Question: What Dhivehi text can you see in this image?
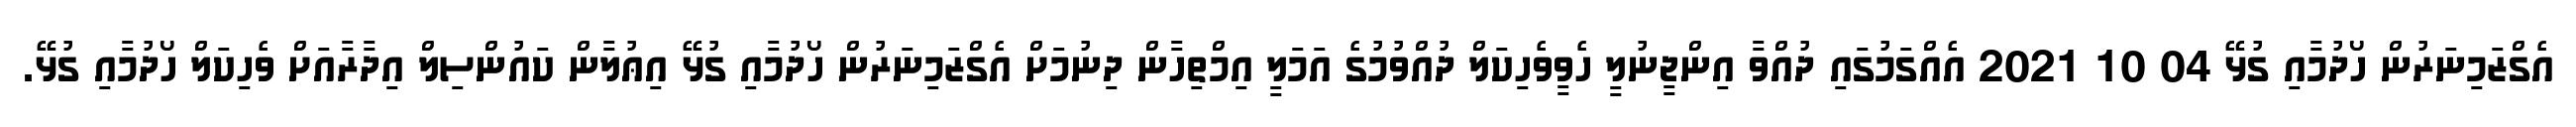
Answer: އެގްޒަމިނަރުން ހޯދުމާއި ގުޅޭ 04 10 2021 އެއްގަމުގައި ދުއްވާ އިންޖީނުލީ ހެވީވެހިކަލް ދުއްވުމުގެ އަމަލީ އިމްތިހާން ދިނުމަށް އެގްޒަމިނަރުން ހޯދުމާއި ގުޅޭ އިޢުލާން ކައުންސިލް އިދާރާއަށް ވެހިކަލް ހޯދުމާއި ގުޅޭ.